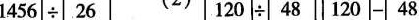
1456÷26 120÷48 120-48